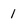
Character: 1